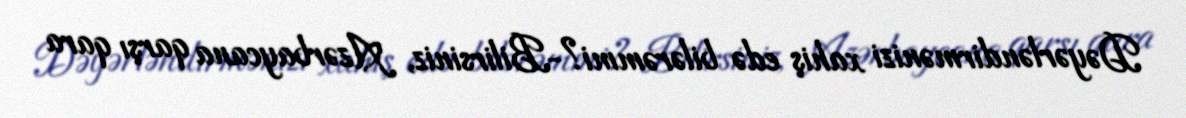
Dəyərləndirmənizi xahiş edə bilərəmmi?-Bilirsiniz, Azərbaycana qarşı qara